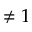
\neq 1